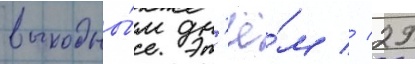
выходны́м дн'ё́м // 29